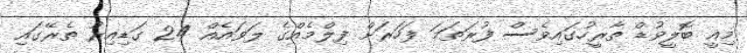
މިއީ ބޮލީވުޑް ތާރީހުގައިވެސް ފުރަތަމަ ފަހަރަށް ފިލްމެއްގެ ލަވައެއް 24 ގަޑިއިރު ތެރޭގައި